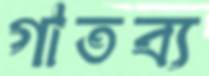
গাতব্য